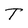
Character: T